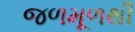
જળમૂળથી